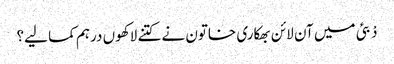
دْبئی میں آن لائن بھکاری خاتون نے کتنے لاکھوں درہم کما لیے؟